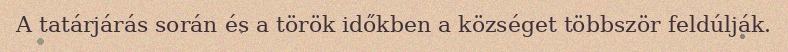
A tatárjárás során és a török időkben a községet többször feldúlják.